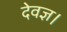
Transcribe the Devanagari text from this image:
देवज्ञ।